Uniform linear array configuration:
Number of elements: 4
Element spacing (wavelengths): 0.75
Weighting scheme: blackman
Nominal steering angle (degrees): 30
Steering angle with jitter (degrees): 30.017
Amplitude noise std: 0.05
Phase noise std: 0.05

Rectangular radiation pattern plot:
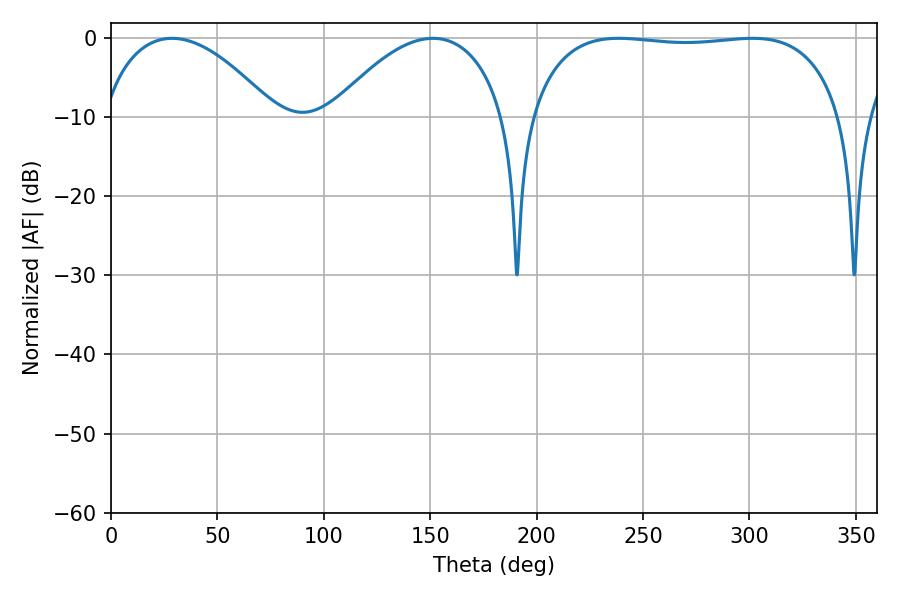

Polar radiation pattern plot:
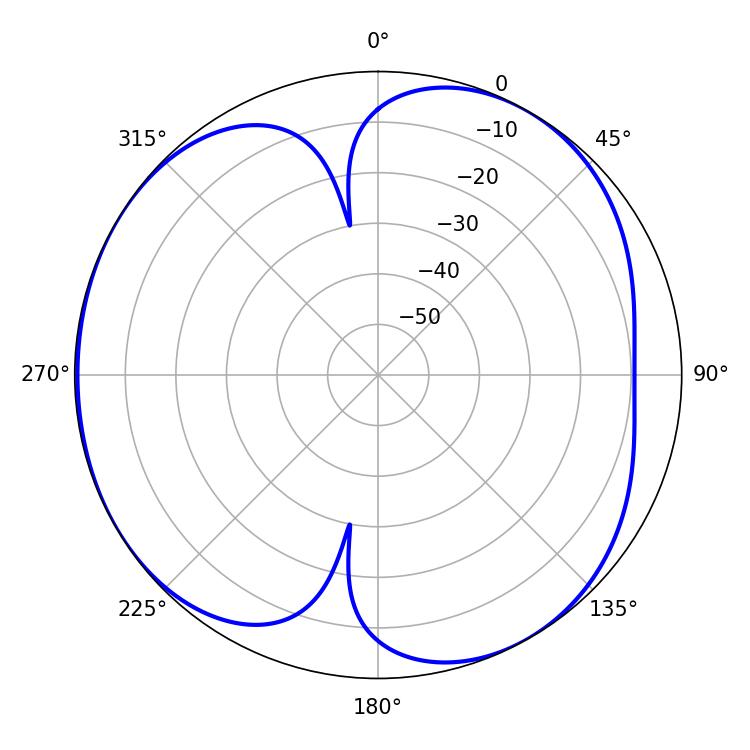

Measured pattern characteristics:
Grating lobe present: TRUE
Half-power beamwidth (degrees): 117.36
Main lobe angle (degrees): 238.5